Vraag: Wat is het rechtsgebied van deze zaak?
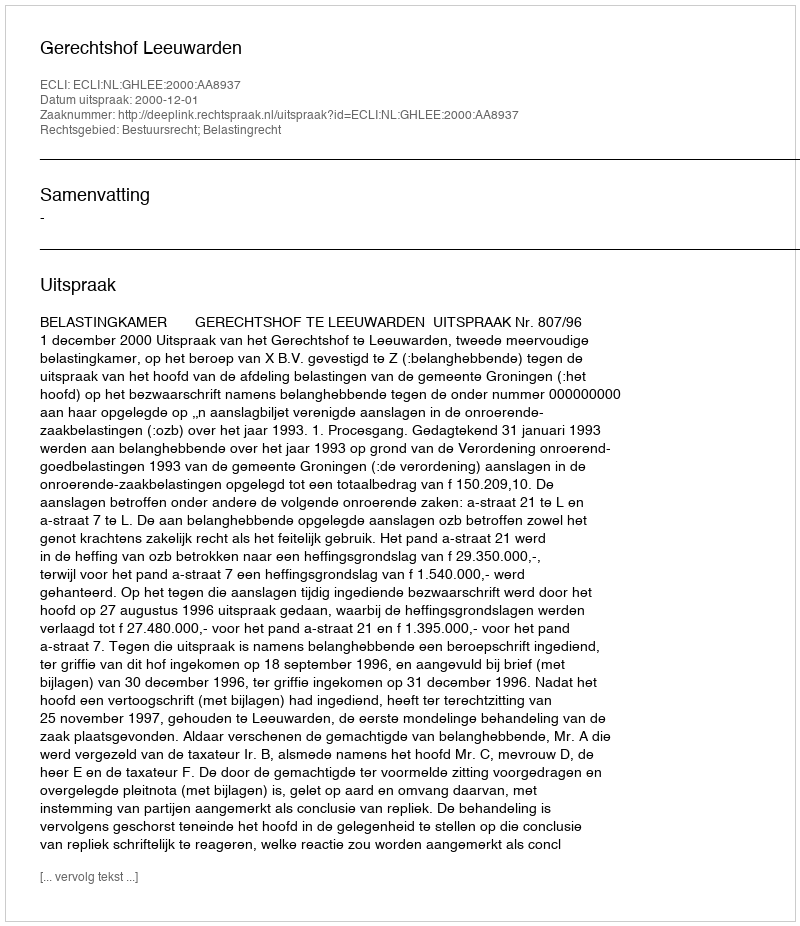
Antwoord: Bestuursrecht; Belastingrecht